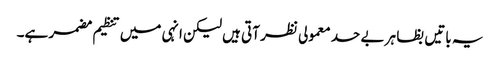
یہ باتیں بظا ہر بے حد معمولی نظر آتی ہیں لیکن انہی میں تنظیم مضمر ہے۔